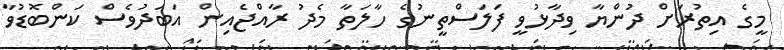
މީގެ އިތުރަށް ދުންޔާ ވިދާޅުވީ ފަލަސްތީނުގެ ހާލަތާ މެދު ރާއްޖެއިން އަބަދުވެސް ކަންބޮޑުވާ